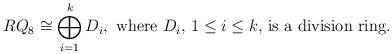
LaTeX: \begin{align*}RQ_8 \cong \bigoplus_{i=1}^{k}D_i, \textup{ where $D_i$, $1\leq i\leq k$, is a division ring.}\end{align*}